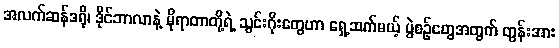
အလက်ဆန်ဒရို၊ ဒိုင်ဘာလာနဲ့ မိုရာတာတို့ရဲ့ သွင်းဂိုးတွေဟာ ရှေ့ဆက်မယ့် ပွဲစဉ်တွေအတွက် တွန်းအား